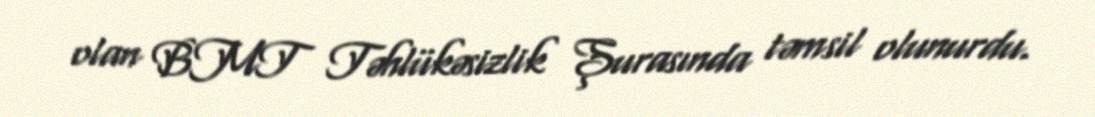
olan BMT Təhlükəsizlik Şurasında təmsil olunurdu.